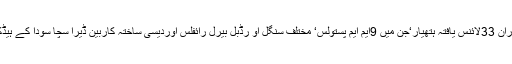
پولیس کو تلاشی کے دوران 33لائنس یافتہ ہتھیار‘جن میں 9ایم ایم پستولس‘ مختلف سنگل او رڈبل بیرل رائفلس اوردیسی ساختہ کاربین ڈیرا سچا سودا کے ہیڈکوارٹر سے برآمد ہوئے۔